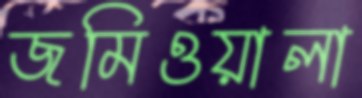
জমিওয়ালা